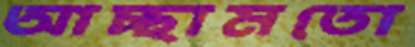
আচ্ছামতো